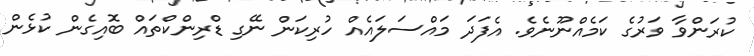
ކުރަންވާ ވަރުގެ ކަމެއްނޫނެވެ. އެފަދަ މައްސަލައެއް ހުރިކަން ނޭގި ޑްރިންކްތައް ބޮއިގެން ކުޅެން